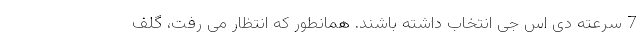
7 سرعته دی اس جی انتخاب داشته باشند. همانطور که انتظار می رفت، گلف